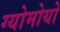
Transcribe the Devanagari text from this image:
ग्योमोयो